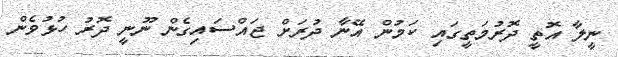
ނީލާ އޮތީ ދޮރުމަތީގައި ކަމުން އޭނާ ދުރަށް ޖައްސައިގެން ނޫނީ ދޮރު ހުޅުވެން